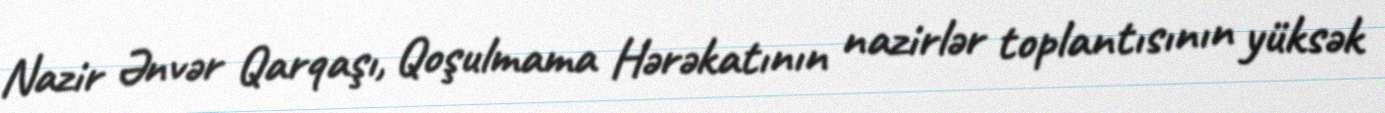
Nazir Ənvər Qarqaşı, Qoşulmama Hərəkatının nazirlər toplantısının yüksək